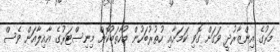
މަރުގެ އިންޒާރުދީ ވަގަށް ގޮވި ކަމަށާއި ހުތުރުބަހުން މުހާތަބުކޮށް މިނިސްޓަރުގެ އާއިލާއަށް ވެސް